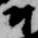
尉